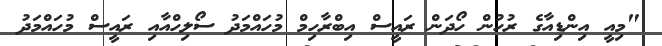
"މިއީ އިންޑިއާގެ ރުހުން ހޯދަން ރައީސް އިބްރާހިމް މުހައްމަދު ސޯލިހްއާއި ރައީސް މުހައްމަދު